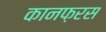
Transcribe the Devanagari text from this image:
कानफ़रस